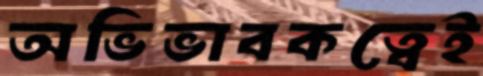
অভিভাবকত্বেই